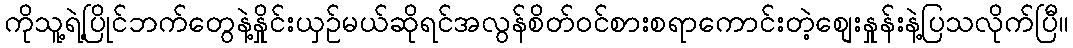
ကိုသူ့ရဲ့ပြိုင်ဘက်တွေနဲ့နှိုင်းယှဉ်မယ်ဆိုရင်အလွန်စိတ်ဝင်စားစရာကောင်းတဲ့စျေးနှုန်းနဲ့ပြသလိုက်ပြီ။